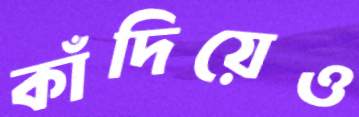
কাঁদিয়েও